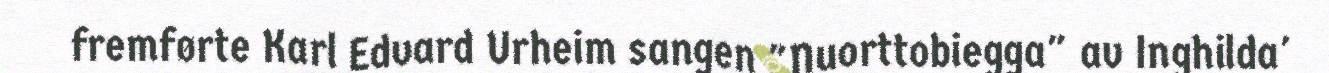
fremførte Karl Edvard Urheim sangen "Nuorttobiegga" av Inghilda'